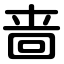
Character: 啬